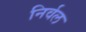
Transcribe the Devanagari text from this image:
निर्वल